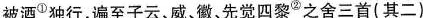
被酒^{①}独行，遍至子云，威、徽，先觉四黎^{②}之舍三首(其二)